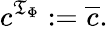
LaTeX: c^{{\mathfrak{T}}_{\Phi}}:={\overline{{c}}}.